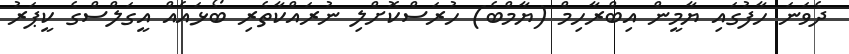
ދެވަނަ ހާފުގައި ޔާމީން އިބްރާހިމް (ޔާމްބެ) ހުރަސްކޮށްލި ނުރައްކާތެރި ބޯޅައެއް އީގަލްސްގެ ކީޕަރު